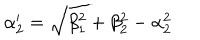
LaTeX: \alpha _ { 2 } ^ { \prime } = \sqrt { \beta _ { 1 } ^ { 2 } + \beta _ { 2 } ^ { 2 } - \alpha _ { 2 } ^ { 2 } }